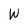
Character: W